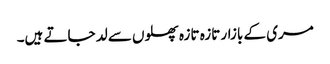
مری کے بازار تازہ تازہ پھلوں سے لد جاتے ہیں۔